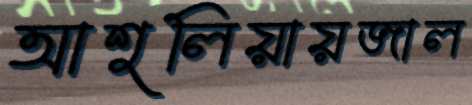
আশুলিয়ায়জাল